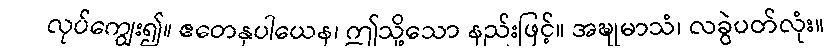
လုပ်ကျွေး၍။ ဧတေနုပါယေန၊ ဤသို့သော နည်းဖြင့်။ အဍ္ဎုမာသံ၊ လခွဲပတ်လုံး။